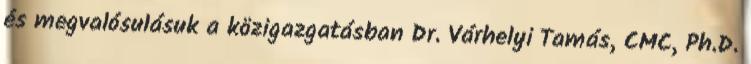
és megvalósulásuk a közigazgatásban Dr. Várhelyi Tamás, CMC, Ph.D.